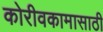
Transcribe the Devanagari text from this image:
कोरीवकामासाठी